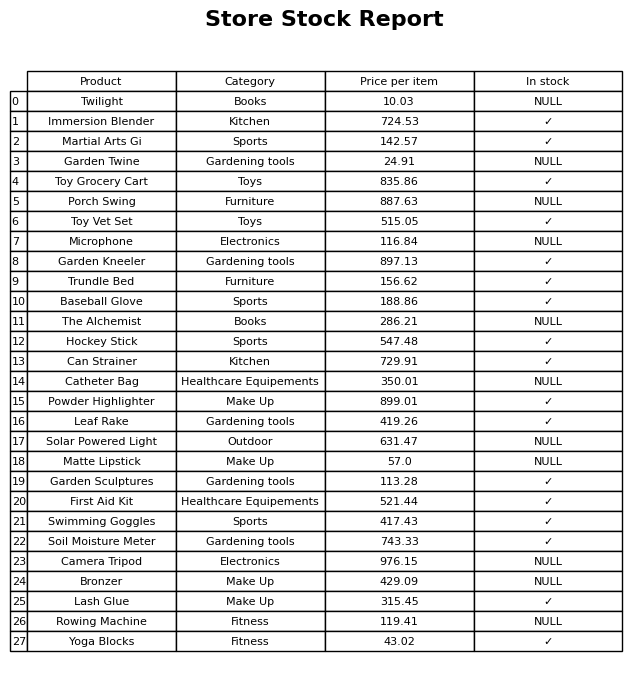
question: What is the price of the Twilight?
answer: The price of Twilight is 10.03.